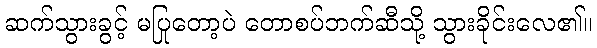
ဆက်သွားခွင့် မပြုတော့ပဲ တောစပ်ဘက်ဆီသို့ သွားခိုင်းလေ၏။